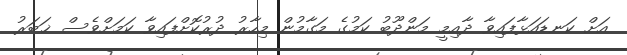
އަށް ކަނޑައަޅާފައިވާ ދާއިމީ މަންދޫބު ކަމުގެ މަގާމުން މިހާރު ދުރުކޮށްފައިވާ ކަމަށްވެސް ޚަބަރު